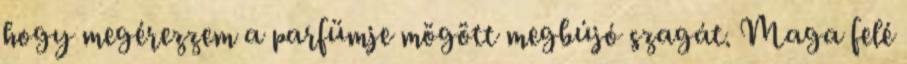
hogy megérezzem a parfümje mögött megbújó szagát. Maga felé